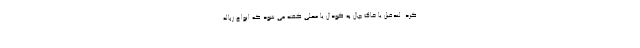
کرد. لندفیل یا خاک چال به گودال یا محلی گفته می شود که انواع زباله